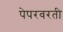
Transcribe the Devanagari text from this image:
पेपरवरती